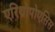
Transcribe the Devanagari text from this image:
एरिथ्रोपोएसिस